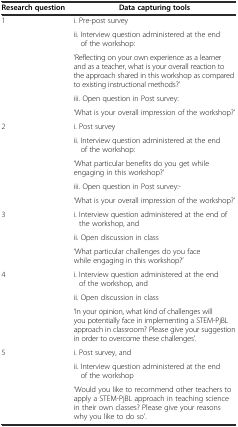
<table><thead><tr><td><b>Research question</b></td><td><b>Data capturing tools</b></td></tr></thead><tbody><tr><td rowspan="5">1</td><td>i. Pre-post survey</td></tr><tr><td>ii. Interview question administered at the end of the workshop:</td></tr><tr><td>‘Reflecting on your own experience as a learner and as a teacher, what is your overall reaction to the approach shared in this workshop as compared to existing instructional methods?’</td></tr><tr><td>iii. Open question in Post survey:</td></tr><tr><td>‘What is your overall impression of the workshop?’</td></tr><tr><td rowspan="5">2</td><td>i. Post survey</td></tr><tr><td>ii. Interview question administered at the end of the workshop:</td></tr><tr><td>‘What particular benefits do you get while engaging in this workshop?’</td></tr><tr><td>iii. Open question in Post survey:-</td></tr><tr><td>‘What is your overall impression of the workshop?’</td></tr><tr><td rowspan="3">3</td><td>i. Interview question administered at the end of the workshop, and</td></tr><tr><td>ii. Open discussion in class</td></tr><tr><td>‘What particular challenges do you face while engaging in this workshop?’</td></tr><tr><td rowspan="3">4</td><td>i. Interview question administered at the end of the workshop, and</td></tr><tr><td>ii. Open discussion in class</td></tr><tr><td>‘In your opinion, what kind of challenges will you potentially face in implementing a STEM-PjBL approach in classroom? Please give your suggestion in order to overcome these challenges’.</td></tr><tr><td rowspan="3">5</td><td>i. Post survey, and</td></tr><tr><td>ii. Interview question administered at the end of the workshop</td></tr><tr><td>‘Would you like to recommend other teachers to apply a STEM-PjBL approach in teaching science in their own classes? Please give your reasons why you like to do so’.</td></tr></tbody></table>